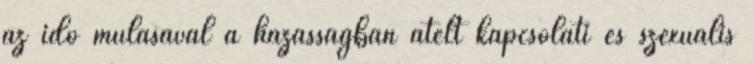
az idő múlásával a házasságban átélt kapcsolati és szexuális